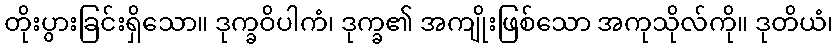
တိုးပွားခြင်းရှိသော။ ဒုက္ခဝိပါကံ၊ ဒုက္ခ၏ အကျိုးဖြစ်သော အကုသိုလ်ကို။ ဒုတိယံ၊